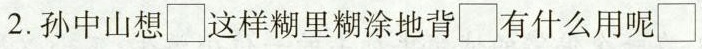
2.孙中山想\Box这样糊里糊涂地背\Box有什么用呢\Box